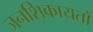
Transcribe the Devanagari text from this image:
जनशिकायतों